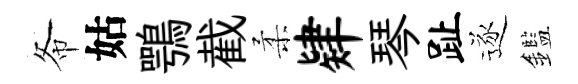
𢁙姑鶚截柔肄琴趾逐鑑